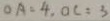
O A = 4 , O C = 3